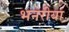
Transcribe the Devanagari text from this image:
भनरीया